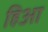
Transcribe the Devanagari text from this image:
हिआ